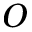
O